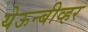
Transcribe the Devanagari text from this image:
येऊन्बीव्हर